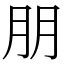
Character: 朋